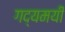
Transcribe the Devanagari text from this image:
गद्यमयी